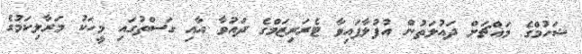
ޝަހުމްގެ މައްޗަށް ދައުލަތުން އުފުލާފައިވާ ޓެރަރިޒަމްގެ ދައުވާ އާއި ގަސްތުގައި މީހަކު މަރާލިކަމުގެ